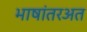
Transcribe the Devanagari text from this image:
भाषांतरअत